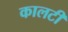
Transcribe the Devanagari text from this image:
कालटी